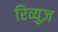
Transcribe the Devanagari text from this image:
रिव्युज़